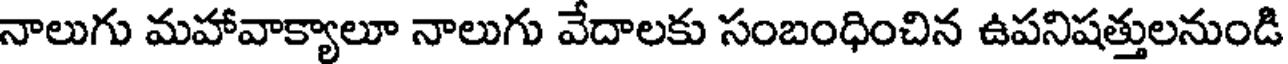
నాలుగు మహావాక్యాలూ నాలుగు వేదాలకు సంబంధించిన ఉపనిషత్తులనుండి